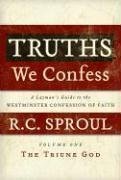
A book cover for Truths We Confess: A Layman's Guide to the Westminster Confession of Faith: Volume 1: The Triune God; R. C.; Christian Books & Bibles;